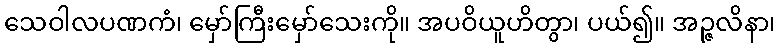
သေဝါလပဏကံ၊ မှော်ကြီးမှော်သေးကို။ အပဝိယူဟိတွာ၊ ပယ်၍။ အဉ္ဇလိနာ၊